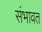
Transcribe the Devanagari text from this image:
संभावत